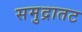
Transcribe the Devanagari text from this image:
समुद्रातट